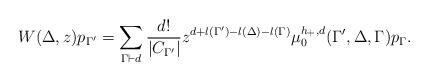
LaTeX: \begin{align*}W(\Delta,z)p_{\Gamma^{\prime}}=\sum_{\Gamma\vdash d}\frac{d!}{|C_{\Gamma^{\prime}}|}z^{d+l(\Gamma^{\prime})-l(\Delta)-l(\Gamma)}\mu_{0}^{h_+,d}(\Gamma^{\prime},\Delta,\Gamma)p_{\Gamma}. \end{align*}